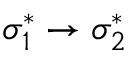
\sigma _ { 1 } ^ { * } \to \sigma _ { 2 } ^ { * }